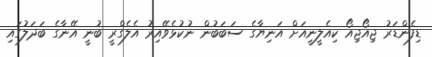
ޑިފެންޑަރު ޖިއޯޖިއޯ ކިއެލީނީއަށް އަނިޔާގެ ސަބަބުން ނުކުޅެވޭއިރު އެލެގްރީ ބުނީ އޭނާގެ ބަދަލުގައި